Vaccine operations Central Provinces & Berar 1912-1920 - 1912-1920
Year: 1912
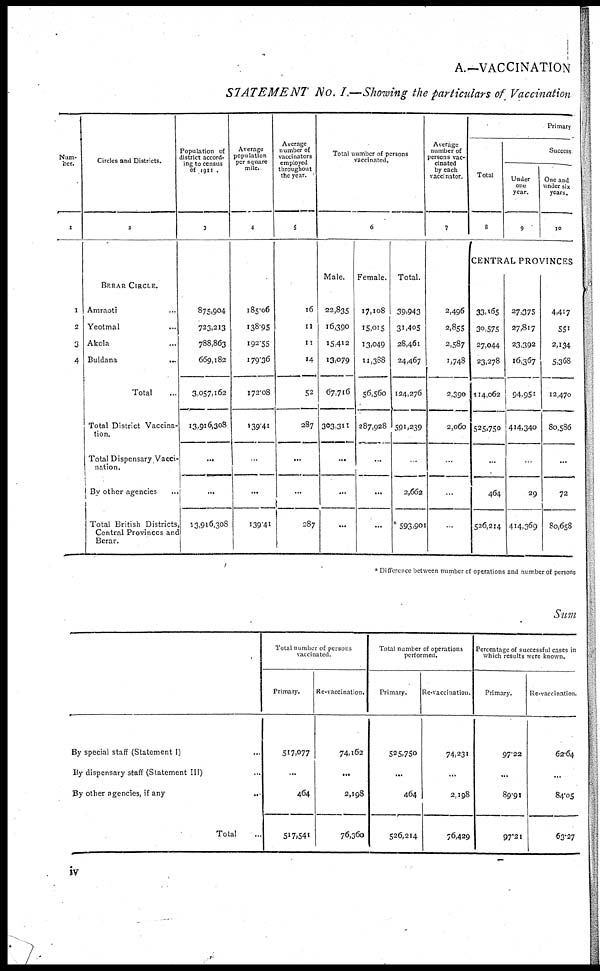
A.—VACCINATION
STATEMENT No. I.—Showing the particulars of Vaccination
Num-
ber.
1
1
2
3
4
Circles and Districts.
2
BERAR CIRCLE.
Amraoti ...
Yeotmal ...
Akola ...
Buldana
...
Total ...
Total District Vaccina-
tion.
Total Dispensary Vacci-
nation.
By other agencies ...
Total British Districts
Central Provinces and
Berar.
Population of
district accord-
ing to census
of 1911 .
3
875,904
723,213
788,863
669,182
3,057,162
13,916,308
...
...
13,916,308
Average
population
per square
mile.
4
185.06
138.95
192.55
179.36
172.08
139.41
...
...
139.41
Average
number of
vaccinators
employed
throughout
the year.
5
16
11
11
14
52
287
...
...
287
Total number of persons
vaccinated.
6
Male.
22,835
16,390
15,412
13,079
67,716
303,311
...
...
...
Female.
17,108
15,015
13,049
11,388
56,560
287,928
...
...
...
Total.
39,943
31,405
28,461
24,467
124,276
591,239
...
2,662
* 593,901
Average
number of
persons vac-
cinated
by each
vaccinator.
7
2,496
2,855
2,587
1,748
2,390
2,060
...
...
...
Primary
Total
8
Success
Under
one
year.
9
One and
under six
years.
10
CENTRAL PROVINCES
33,165
30,575
27,044
23,278
114,062
525,750
...
464
526,214
27,375
27,817
23,392
16,367
94,951
414,340
...
29
414,369
4,417
551
2,134
5,368
12,470
80,586
...
72
80,658
* Difference between number of operations and number of persons
Sum
By special staff (Statement I) ...
By dispensary staff (Statement III) ...
By other agencies, if any
...
Total ...
Total number of persons
vaccinated.
Primary.
517,077
...
464
517,541
Re-vaccination.
74,162
...
2,198
76,360
Total number of operations
performed.
Primary.
525,750
...
464
526,214
Re-vaccination.
74,231
...
2,198
76,429
Percentage of successful cases in
which results were known.
Primary.
97.22
...
89.91
97.21
Re-vaccination.
62.64
...
84.05
63.27
iv